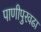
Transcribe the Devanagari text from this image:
पाणीपुरवढा